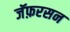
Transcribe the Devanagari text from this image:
जॅफ़रसन